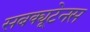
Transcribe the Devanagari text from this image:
सबक्यूटेनस